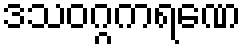
ဒသဝဂ္ဂကရဏေ